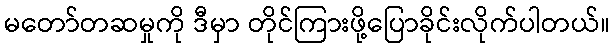
မတော်တဆမှုကို ဒီမှာ တိုင်ကြားဖို့ပြောခိုင်းလိုက်ပါတယ်။